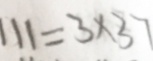
1 1 1 = 3 \times 3 7